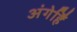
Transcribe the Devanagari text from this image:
अंगेहिँ